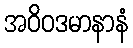
အဝိဝဒမာနာနံ